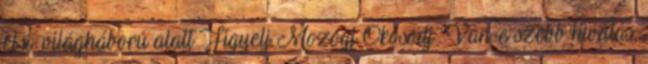
első világháború alatt Figyelj Mozogj Okosodj ’’Van-e szebb hivatás,